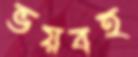
ভয়বহ